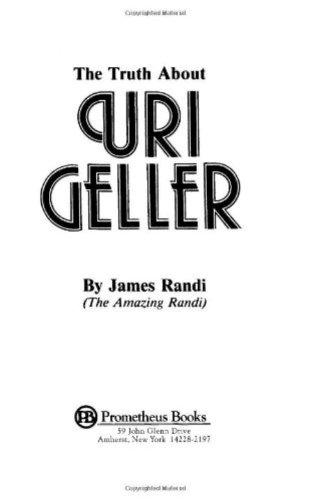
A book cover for The Truth About Uri Geller; James Randi; Religion & Spirituality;